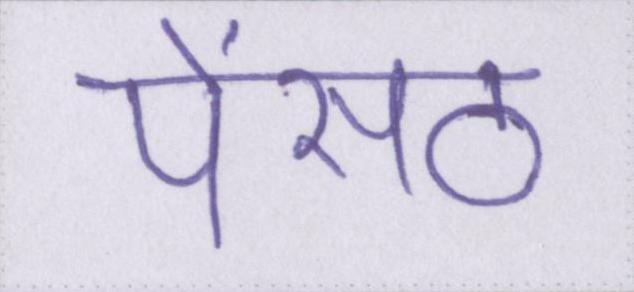
पेंसठ